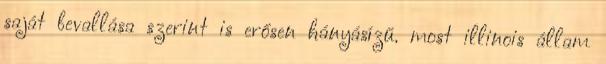
saját bevallása szerint is erősen hányásízű. most illinois állam